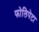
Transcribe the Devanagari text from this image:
फोलिपेटा